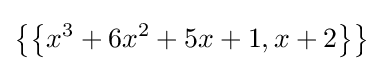
\left\{\left\{x^{3}+6x^{2}+5x+1,x+2\right\}\right\}